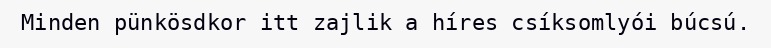
Minden pünkösdkor itt zajlik a híres csíksomlyói búcsú.